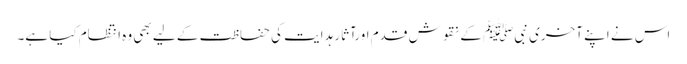
اس نے اپنے آخری نبیﷺ کے نقوش قدم اورآثار ہدایت کی حفاظت کے لیے بھی وہ انتظام کیا ہے۔